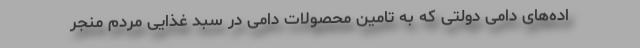
اده‌های دامی دولتی که به تامین محصولات دامی در سبد غذایی مردم منجر